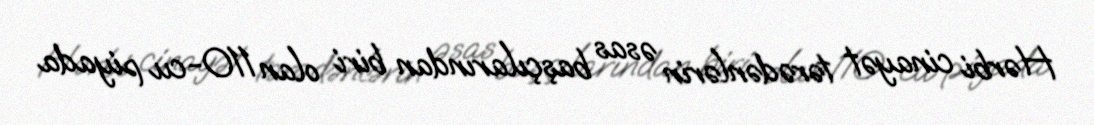
Hərbi cinayət tərədənlərin əsas başçılarından biri olan 110-cu piyada